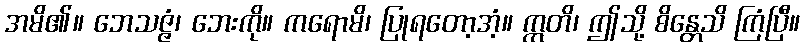
အမိ၏။ ဘေသဇ္ဇံ၊ ဘေးကို။ ကရောမိ၊ ပြုရတော့အံ့။ ဣတိ၊ ဤသို့ စိန္တေသိ ကြံပြီ။